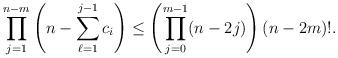
LaTeX: \begin{align*}\prod_{j=1}^{n-m}\left(n-\sum_{\ell=1}^{j-1}c_i\right)\leq \left(\prod_{j=0}^{m-1}(n-2j)\right)(n-2m)!.\end{align*}